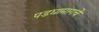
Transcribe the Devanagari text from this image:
पडद्यामागचे